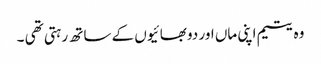
وہ یتیم اپنی ماں اور دو بھائیوں کے ساتھ رہتی تھی ۔